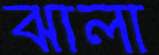
ঝালা